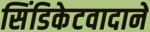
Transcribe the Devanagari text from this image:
सिंडिकेटवादाने